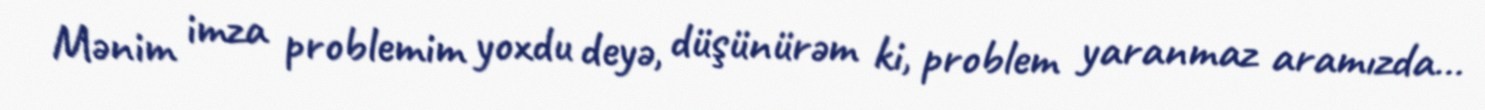
Mənim imza problemim yoxdu deyə, düşünürəm ki, problem yaranmaz aramızda…